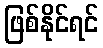
ဖြစ်နိုင်ရင်